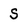
Character: S